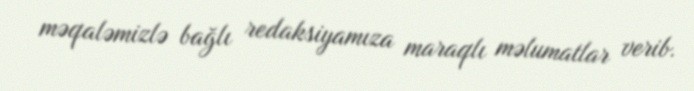
məqaləmizlə bağlı redaksiyamıza maraqlı məlumatlar verib.